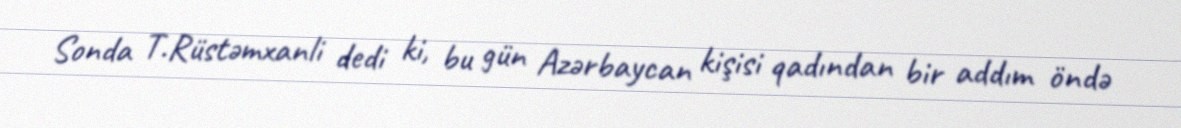
Sonda T.Rüstəmxanli dedi ki, bu gün Azərbaycan kişisi qadından bir addım öndə